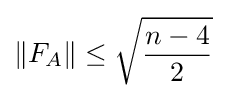
\|F_{A}\|\leq {\sqrt {\frac {n-4}{2}}}